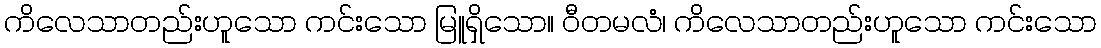
ကိလေသာတည်းဟူသော ကင်းသော မြူရှိသော။ ဝီတမလံ၊ ကိလေသာတည်းဟူသော ကင်းသော